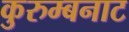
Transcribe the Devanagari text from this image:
कुरुम्बनाट